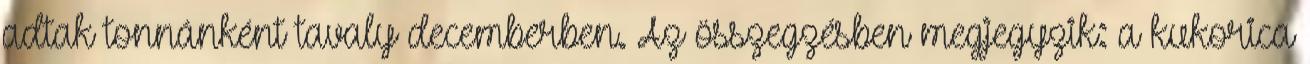
adtak tonnánként tavaly decemberben. Az összegzésben megjegyzik: a kukorica